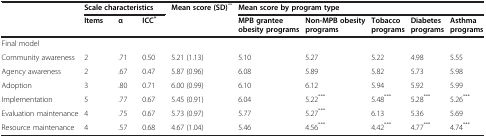
<table><thead><tr><td><b> </b></td><td colspan="3"><b>Scale characteristics</b></td><td><b>Mean score (SD)<sup>**</sup></b></td><td colspan="5"><b>Mean score by program type</b></td></tr><tr><td><b> </b></td><td><b>Items</b></td><td><b>α</b></td><td><b>ICC<sup>*</sup></b></td><td><b> </b></td><td><b>MPB grantee obesity programs</b></td><td><b>Non-MPB obesity programs</b></td><td><b>Tobacco programs</b></td><td><b>Diabetes programs</b></td><td><b>Asthma programs</b></td></tr></thead><tbody><tr><td colspan="10">Final model</td></tr><tr><td>Community awareness</td><td>2</td><td>.71</td><td>0.50</td><td>5.21 (1.13)</td><td>5.10</td><td>5.27</td><td>5.22</td><td>4.98</td><td>5.55</td></tr><tr><td>Agency awareness</td><td>2</td><td>.67</td><td>0.47</td><td>5.87 (0.96)</td><td>6.08</td><td>5.89</td><td>5.82</td><td>5.73</td><td>5.98</td></tr><tr><td>Adoption</td><td>3</td><td>.80</td><td>0.71</td><td>6.00 (0.99)</td><td>6.10</td><td>6.12</td><td>5.94</td><td>5.92</td><td>5.99</td></tr><tr><td>Implementation</td><td>5</td><td>.77</td><td>0.67</td><td>5.45 (0.91)</td><td>6.04</td><td>5.22<sup>***</sup></td><td>5.48<sup>***</sup></td><td>5.28<sup>***</sup></td><td>5.26<sup>***</sup></td></tr><tr><td>Evaluation maintenance</td><td>4</td><td>.75</td><td>0.67</td><td>5.73 (0.97)</td><td>5.77</td><td>5.27<sup>***</sup></td><td>6.13</td><td>5.36</td><td>5.69</td></tr><tr><td>Resource maintenance</td><td>4</td><td>.57</td><td>0.68</td><td>4.67 (1.04)</td><td>5.46</td><td>4.56<sup>***</sup></td><td>4.42<sup>***</sup></td><td>4.77<sup>***</sup></td><td>4.74<sup>***</sup></td></tr></tbody></table>